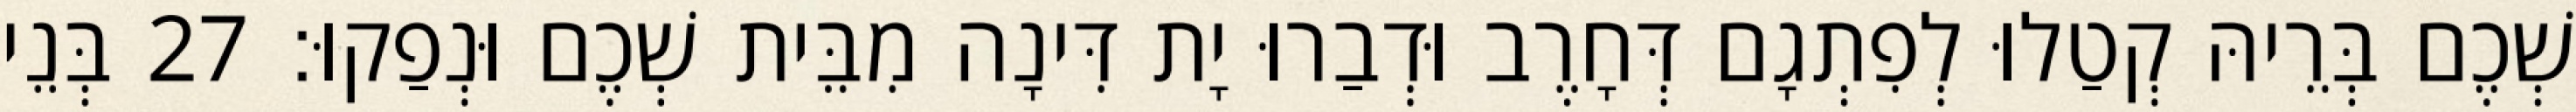
שְׁכֶם בְּרֵיהּ קְטַלוּ לְפִתְגָם דְּחָרֶב וּדְבַרוּ יָת דִּינָה מִבֵּית שְׁכֶם וּנְפַקוּ׃ 27 בְּנֵי